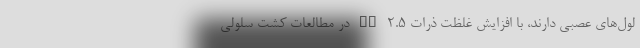
لول‌های عصبی دارند، با افزایش غلظت ذرات PM ۲.۵ در مطالعات کشت سلولی